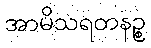
အာမိသရတနဉ္စ